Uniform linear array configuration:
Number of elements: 16
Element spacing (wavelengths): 0.5
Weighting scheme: hamming
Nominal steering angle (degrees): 45
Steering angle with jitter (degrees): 43.573
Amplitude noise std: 0.05
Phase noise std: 0.05

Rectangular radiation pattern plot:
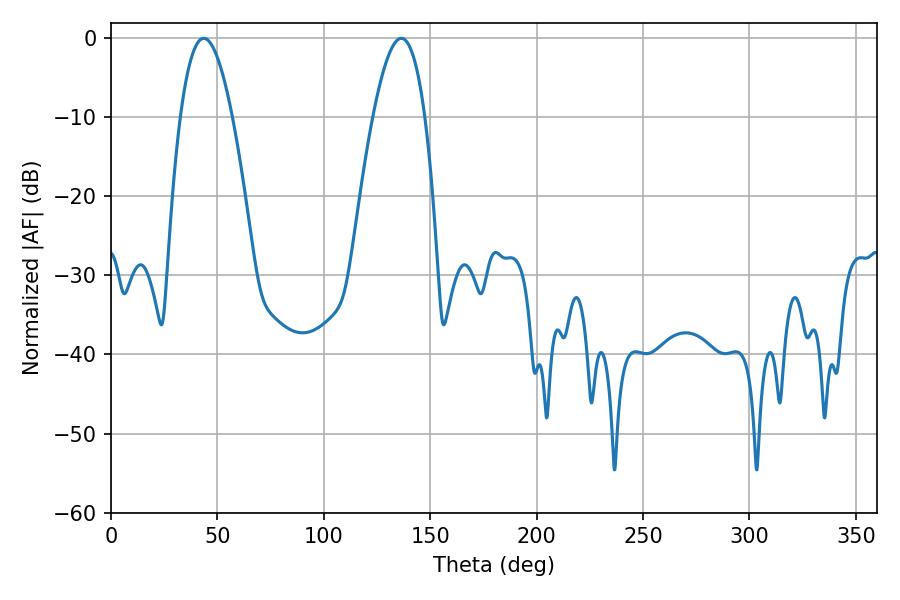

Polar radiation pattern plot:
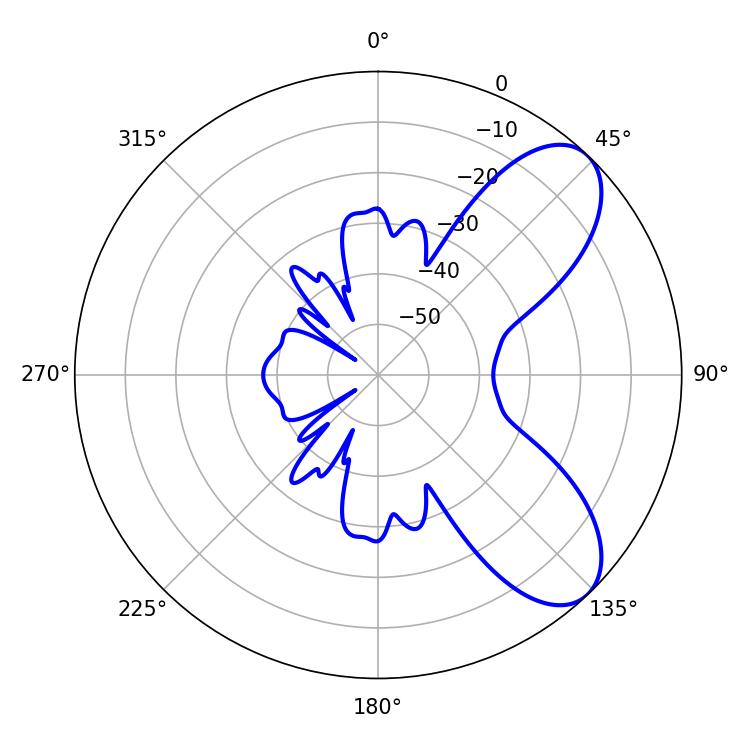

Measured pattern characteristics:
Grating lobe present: FALSE
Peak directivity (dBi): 7.581
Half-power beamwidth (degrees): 13.32
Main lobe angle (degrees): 43.56